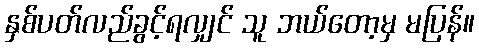
နှစ်ပတ်လည်ခွင့်ရလျှင် သူ ဘယ်တော့မှ မပြန်။